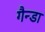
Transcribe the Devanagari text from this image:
गैन्डा